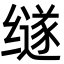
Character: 䍁